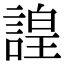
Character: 諻